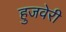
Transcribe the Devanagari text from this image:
हुजवेरी